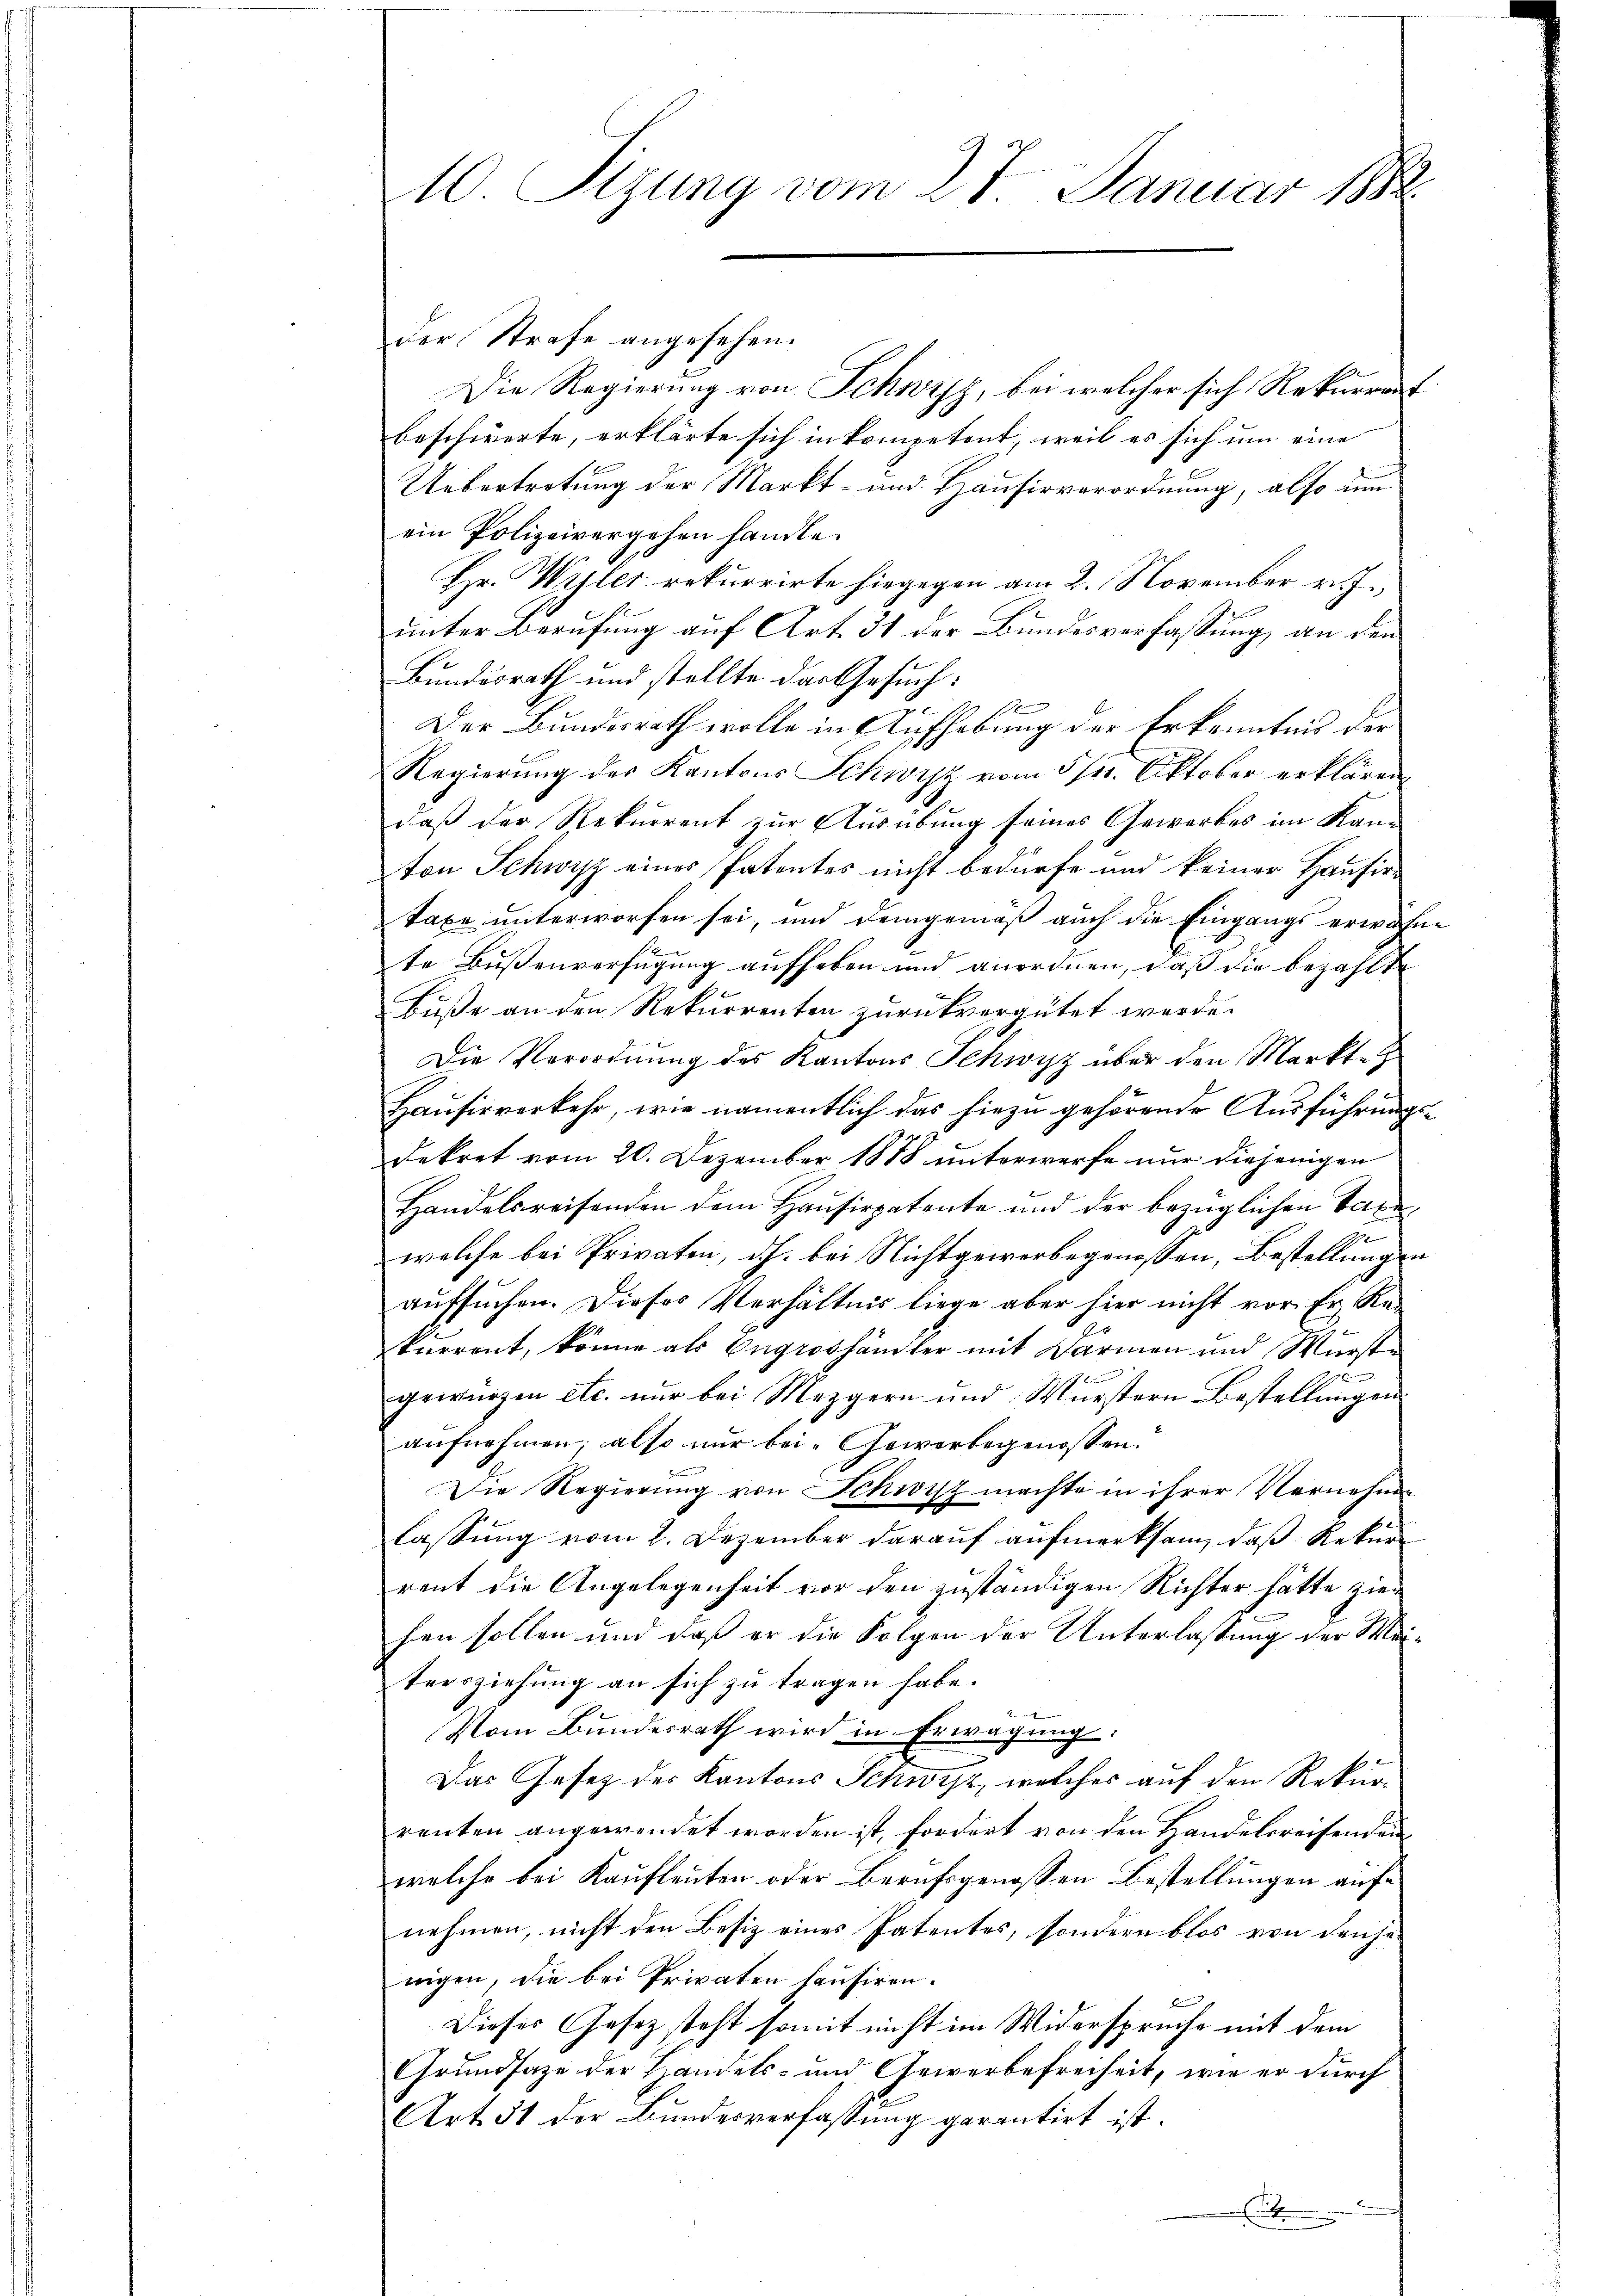
10 Rizung vom 27. Januar 1888.

der Strafe angesehen.
Die Regierung von Schwyz, bei welcher sich Rekurrent
beschwerte, erklärte sich in kompetent, weil es sich um eine
Uebertretung der Markt- und Hausirverordnung, also um
ein Polizeivergehen handle.
Hr. Willer rekurrirte hiegegen am 2. November v. J.,
unter Berufung auf Art. 31 der Bundesverfassung, an den
Bundesrath und stellte das Gesuch:
Zu
Der Bundesrath wolle in Aufhebung der Erkenntnis der
Regierung des Kantons Schwyz vom 5/1. Oktober erklären
daß der Rekurrent zur Ausübung seines Gewerbes im Kan-
ton Schwyz eines Patentes nicht bedürfe und keiner Hausirn
Taxe unterworfen sei, und demgemäß auch die Eingangs erwähne
te Bußenverfügung aufheben und anordnen, daß die bezahlte
Buße an den Rekurrenten zurückvergütet werde.
Die Verordnung des Kantons Schwyz über den Markte
Hausirverkehr, wie namentlich das hiezu gehörende Ausführungs¬
Dekret vom 20. Dezember 1888 unterwerfe nur diejenigen
Handelsreisenden dem Hausirpatente und der bezüglichen Taxe
welche bei Privaten, dh. bei Nichtgewerbegenossen, Bestellungen
aufsuchen. Dieses Verhältnis liege aber hier nicht vor. Er Re-
kurrent, könne als Engroshändler mit Wärmen und Würste
f
gewurzen etc. nur bei Mezgern und Wurstern Bestellungen.
aufnehmen; also nur bei Gewerbegenossen.
Die Regierung von Schwisz machte in ihrer Vernehme
lassung vom 2. Dezember darauf aufmerksam, daß Rekurrent die Angelegenheit vor den zuständigen Richter hätte zier
fen sollen und daß er die Folgen der Unterlassung der Meitersziehung an sich zu tragen habe.
Vom Bundesrath wird in Erwägung:
Das Gesetz des Kantons Schwyz, welches auf den Rekurrenten angewendet worden ist, fordert von den Handelsreisenden
welche bei Kaufleuten oder Berufsgenossen Bestellungen auf
nehmen, nicht den Besiz eines Patentes, sondern blos von den jenigen, die bei Privaten hausiren.
Dieses Gesetz steht somit nicht im Widerspruche mit dem
Grundsaze der Handels- und Gewerbefreiheit, wie er durch
Art. 51 der Bundesverfassung garantirt ist.
t